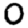
Digit: 0